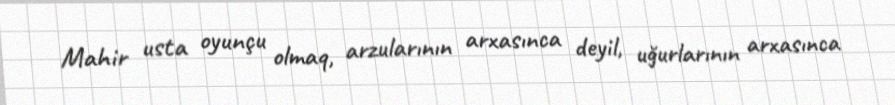
Mahir usta oyunçu olmaq, arzularının arxasınca deyil, uğurlarının arxasınca